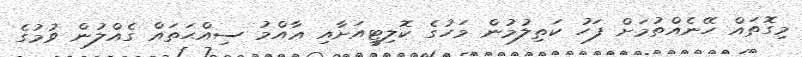
މިގޮތައް ހޭނެއްތުމަށް ފަހު ކަތިލުމުން މަހުގެ ކޮލިޓީއަށާއި ޢާއްމު ސިއްޙަތައް ގެއްލުން ވުމުގެ